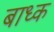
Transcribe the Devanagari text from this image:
बाध्‍क